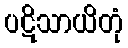
ပဋိသာယိတုံ